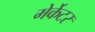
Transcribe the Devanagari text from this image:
मेर्केटर